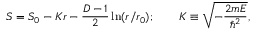
S = S _ { 0 } - K r - { \frac { D - 1 } { 2 } } \ln ( r / r _ { 0 } ) ; \qquad K \equiv \sqrt { - { \frac { 2 m E } { \hbar ^ { 2 } } } } ,